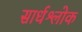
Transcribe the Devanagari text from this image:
सार्धश्लोक